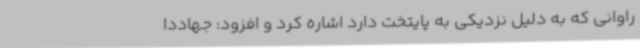
راوانی که به دلیل نزدیکی به پایتخت دارد اشاره کرد و افزود: جهاددا